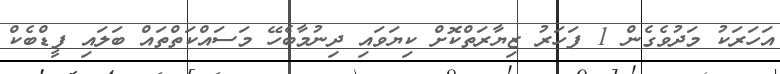
އަހަރަކު މަދުވެގެން 1 ފަހަރު ޒިޔާރަތްކޮށް ކިޔަވައި ދިނުމާބެހޭ މަސައްކަތްތައް ބަލައި ފީޑްބެކް